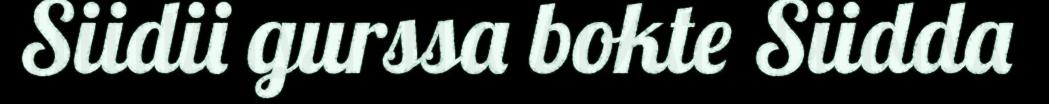
Siidii gurssa bokte Siidda